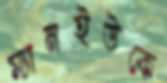
ম্যানইউকে